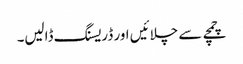
چمچے سے چلائیں اور ڈریسنگ ڈالیں۔